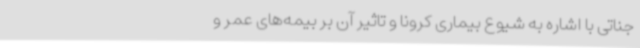
جناتی با اشاره به ‌شیوع بیماری کرونا و تاثیر آن بر بیمه‌های عمر و